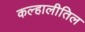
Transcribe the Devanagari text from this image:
कल्हालीतिल